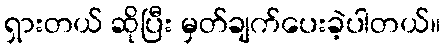
ရှားတယ် ဆိုပြီး မှတ်ချက်ပေးခဲ့ပါတယ်။